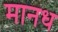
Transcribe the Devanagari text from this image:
मानध